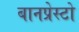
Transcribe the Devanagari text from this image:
बानप्रेस्टो